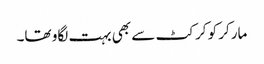
مارکر کو کرکٹ سے بھی بہت لگاو تھا۔